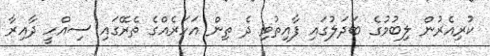
ކުރިއެރުން ލިބުމުގެ ބަދަލުގައި ފާއިތުވި ދެ ތިން އަހަރެއްގެ ތެރޭގައި ސިއްހީ ދާއިރާ